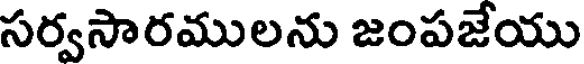
సర్వసారములను జంపజేయు